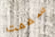
سممت